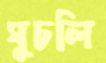
ঘুচলি